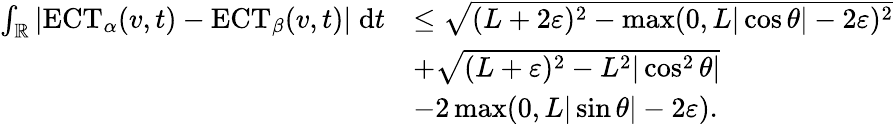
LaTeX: \begin{array}{rl}{\int_{\mathbb{R}}|\mathrm{ECT}_{\alpha}(v,t)-\mathrm{ECT}_{\beta}(v,t)|\; \mathrm{d}t}&{\leq\sqrt{(L+2\varepsilon)^{2}-\operatorname*{max}(0,L|\cos\theta|-2\varepsilon)^{2}}}\\ &{+\sqrt{(L+\varepsilon)^{2}-L^{2}|\cos^{2}\theta|}}\\ &{-2\operatorname*{max}(0,L|\sin\theta|-2\varepsilon).}\end{array}